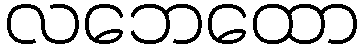
လဘေထော